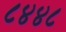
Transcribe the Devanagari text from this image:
८४४८